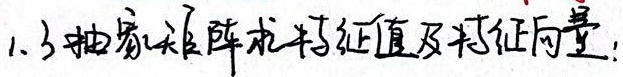
1.3 抽象矩阵求特征值及特征向量：